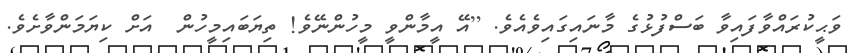
ވަޙީކުރައްވާފައިވާ ބަސްފުޅުގެ މާނައިގައިވެއެވެ. [އޭ އީމާންވީ މީހުންނޭވެ! ތިޔަބައިމީހުން  އަށް ކިޔަމަންވާށެވެ.